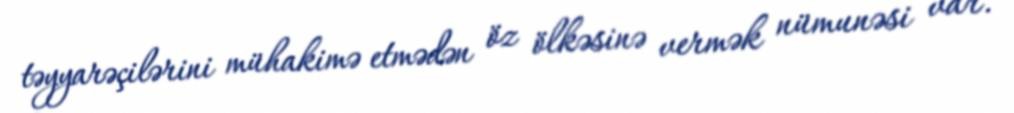
təyyarəçilərini mühakimə etmədən öz ölkəsinə vermək nümunəsi var.